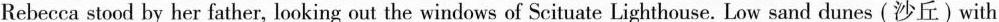
Rebecca stood by her father, looking out the windows of Scituate Lighthouse. Low sand dunes (沙丘) with